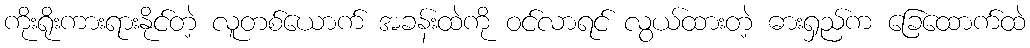
ကိုးရိုးကားရားနိုင်တဲ့ လူတစ်ယောက် အခန်းထဲကို ဝင်လာရင် လွယ်ထားတဲ့ ဓားရှည်က ခြေထောက်ထဲ